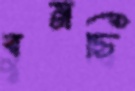
বুনছি